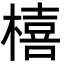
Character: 橲